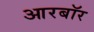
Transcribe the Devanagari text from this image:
आरबॉर